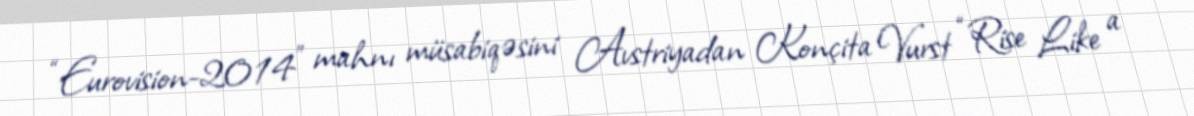
“Eurovision-2014” mahnı müsabiqəsini Avstriyadan Konçita Vurst “Rise Like a